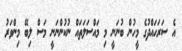
އެ ސަރަހައްދުގެ މީހުން ބުނަނީ މި މައްސަލަތައް ނުކުންނަނީ މަސް ލިބޭ މިންވަރު